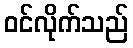
ဝင်လိုက်သည်